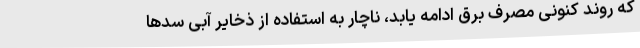
که روند کنونی مصرف برق ادامه یابد، ناچار به استفاده از ذخایر آبی سدها